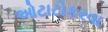
ઓટાટોકરવા